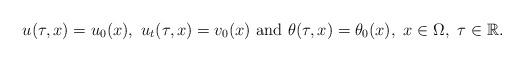
LaTeX: \begin{align*}u(\tau,x)=u_0(x),\ u_t(\tau,x)=v_0(x)\ \mbox{and}\ \theta(\tau,x)=\theta_0(x),\ x\in\Omega,\ \tau\in\mathbb{R}.\end{align*}